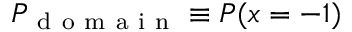
P _ { \mathrm { ~ d ~ o ~ m ~ a ~ i ~ n ~ } } \equiv P ( x = - 1 )